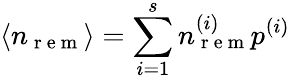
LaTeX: \langle n_{\mathrm{~r~e~m~}}\rangle=\sum_{i=1}^{s}n_{\mathrm{~r~e~m~}}^{(i)}p^{(i)}